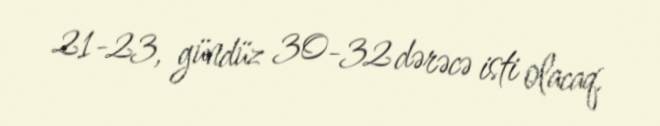
21-23, gündüz 30-32 dərəcə isti olacaq.